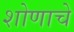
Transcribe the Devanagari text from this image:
शोणाचे